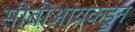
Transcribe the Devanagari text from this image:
सीबीआयकडून